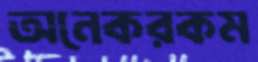
অনেকরকম